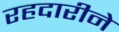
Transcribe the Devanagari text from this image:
रहदारीने